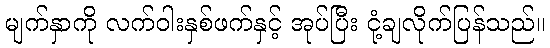
မျက်နှာကို လက်ဝါးနှစ်ဖက်နှင့် အုပ်ပြီး ငုံ့ချလိုက်ပြန်သည်။